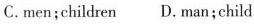
C. men; children D. man; child